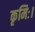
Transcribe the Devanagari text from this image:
कृमिः।